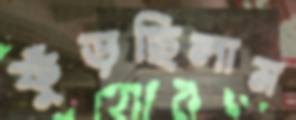
ফুঁড়ছিলাম